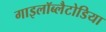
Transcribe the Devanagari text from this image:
गाइलॉब्लैटोडिया